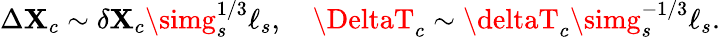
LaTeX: \Delta\mathbf{X}_{c}\sim\delta\mathbf{X}_{c}\simg_{s}^{1/3}\ell_{s},\quad\DeltaT_{c}\sim\deltaT_{c}\simg_{s}^{-1/3}\ell_{s}.